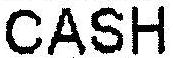
CASH